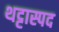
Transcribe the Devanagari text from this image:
थट्टास्पद